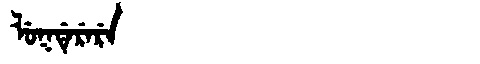
Manchu: ᠯᡠᡴᡩᡝᡵᡝᡵᡝ
Romanization: LUKDERERE